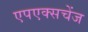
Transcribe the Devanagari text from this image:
एपएक्सचेंज